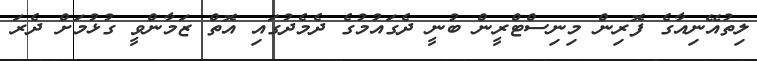
ލިތުއޭނިއާގެ ފޮރިން މިނިސްޓްރީން ބުނީ ދެގައުމުގެ ދެމެދުގައި އޮތް ޒަމާންވީ ގުޅުމަށް ދެރަ